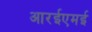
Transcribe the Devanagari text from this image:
आरईएमई